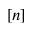
[ n ]